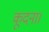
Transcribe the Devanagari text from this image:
कूदना।